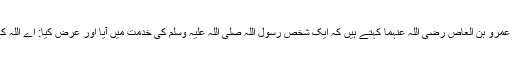
عبداللہ بن عمرو بن العاص رضی اللہ عنہما کہتے ہیں کہ ایک شخص رسول اللہ صلی اللہ علیہ وسلم کی خدمت میں آیا اور عرض کیا: اے اللہ کے رسول!